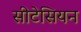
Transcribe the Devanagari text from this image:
सीटेसियन